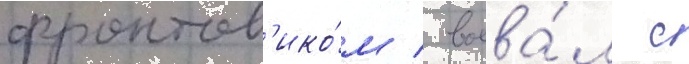
фронтов'ико́м / воева́л с